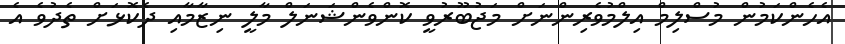
އެހެންކަމުން މުސްލިމް އިލްމުވެރިންނަށް މަޖުބޫރުވީ ކޮންވެންޝަނަލް މާލީ ނިޒާމާއި ދެކޮޅަށް ތެދުވެ އެ